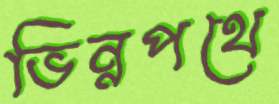
ভিন্নপথে